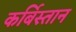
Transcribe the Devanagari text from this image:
कर्बिस्तान